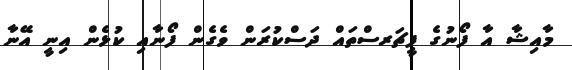
މާއިޝާ އާ ފޯނުގެ ފީޗަރސްތައް ދަސްކުރަން ވެގެން ފޯނާއި ކުޅެން އިނީ އޭނާ